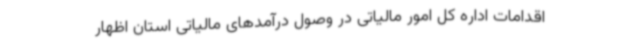
اقدامات اداره کل امور مالیاتی در وصول درآمدهای مالیاتی استان اظهار